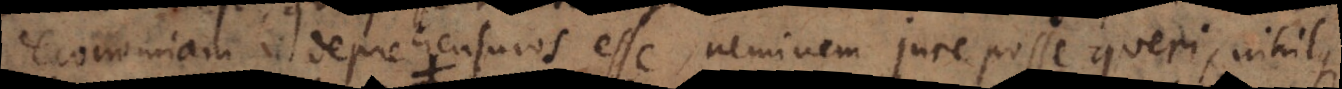
oeconomiam, deprehensuros esse, neminem jure posse queri, nihilque